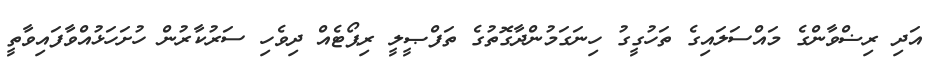
އަދި ރިޟްވާންގެ މައްސަލައިގެ ތަހުގީގު ހިނަގަމުންދާގޮތުގެ ތަފްޞީލީ ރިޕޯޓެއް ދިވެހި ސަރުކާރުން ހުށަހަޅުއްވާފައިވާތީ